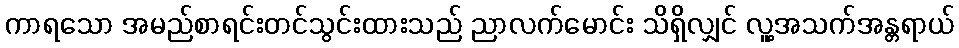
ကာရသော အမည်စာရင်းတင်သွင်းထားသည် ညာလက်မောင်း သိရှိလျှင် လူ့အသက်အန္တရာယ်